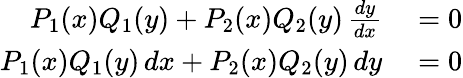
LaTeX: \begin{array}{rl}{P_{1}(x)Q_{1}(y)+P_{2}(x)Q_{2}(y)\, {\frac{dy}{dx}}}&{{}=0}\\ {P_{1}(x)Q_{1}(y)\, dx+P_{2}(x)Q_{2}(y)\, dy}&{{}=0}\end{array}